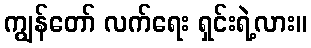
ကျွန်တော် လက်ရေး ရှင်းရဲ့လား။